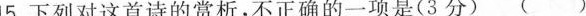
5.下列对这首诗的赏析，不正确的一项是(3分 ) ( )